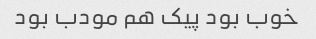
خوب بود پیک هم مودب بود